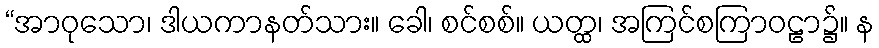
“အာဝုသော၊ ဒါယကာနတ်သား။ ခေါ၊ စင်စစ်။ ယတ္ထ၊ အကြင်စကြာဝဠာ၌။ န